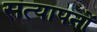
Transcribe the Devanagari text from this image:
सत्यापनों